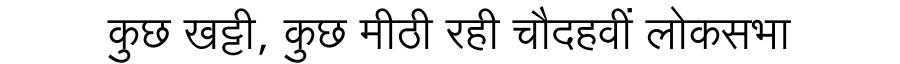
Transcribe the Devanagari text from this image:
कुछ खट्टी, कुछ मीठी रही चौदहवीं लोकसभा